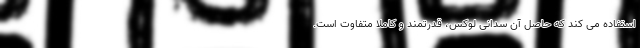
استفاده می کند که حاصل آن سدانی لوکس، قدرتمند و کاملا متفاوت است.